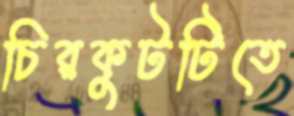
চিরকুটটিতে